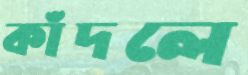
কাঁদলে